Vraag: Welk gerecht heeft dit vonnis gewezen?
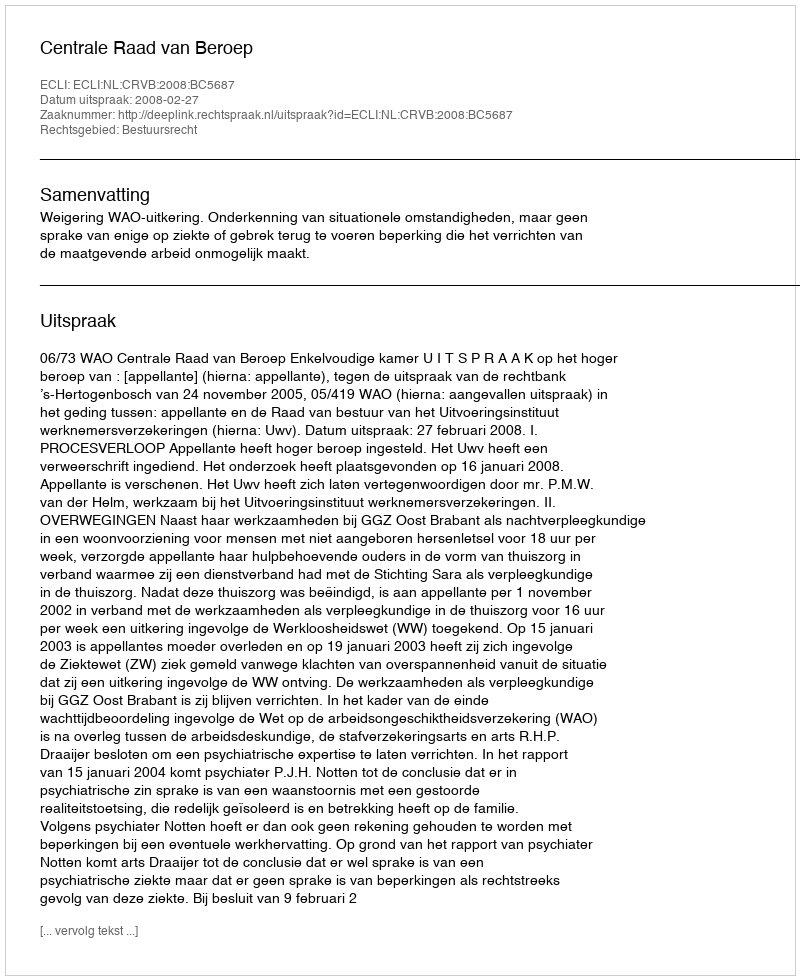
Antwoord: Centrale Raad van Beroep